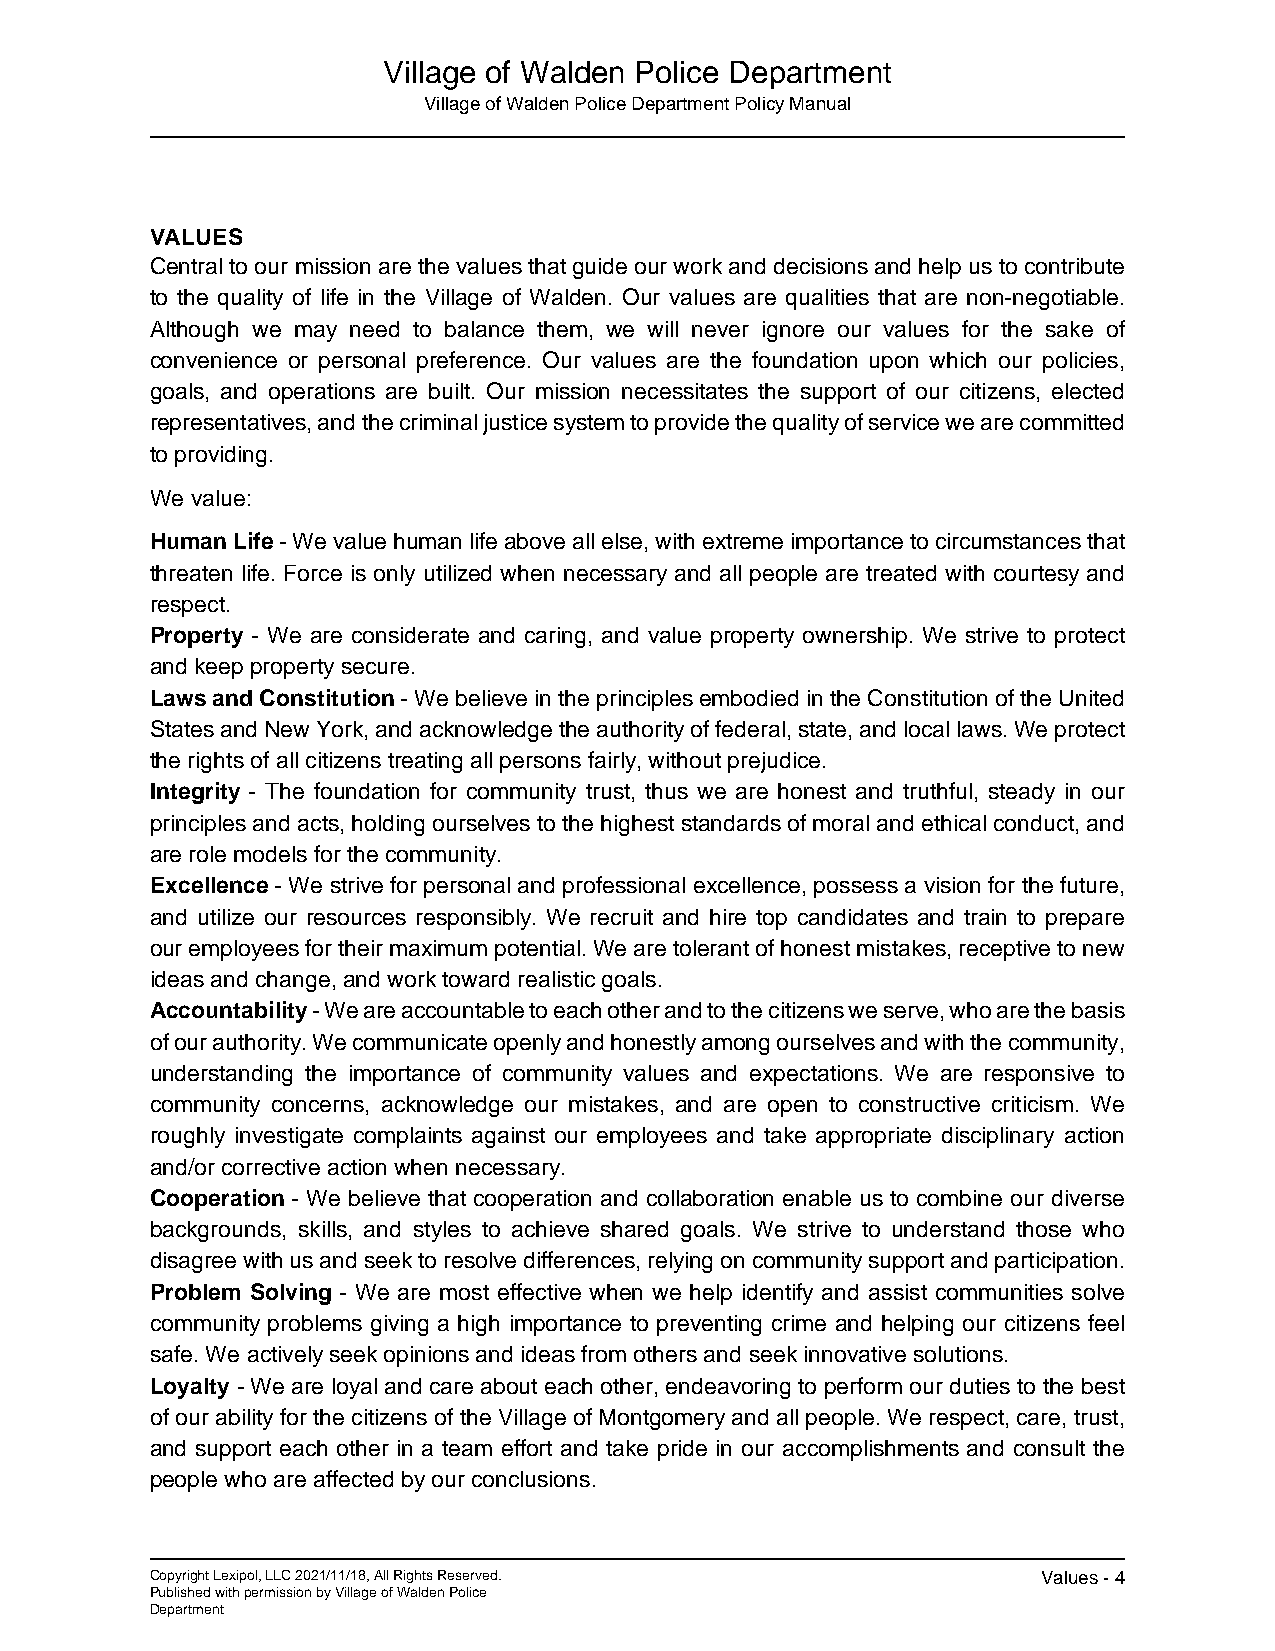
Village of Walden Police Department
 Village of Walden Police Department Policy Manual
 VALUES
 Central to our mission are the values that guide our work and decisions and help us to contribute
 to the quality of life in the Village of Walden. Our values are qualities that are non-negotiable.
 Although we may need to balance them, we will never ignore our values for the sake of
 convenience or personal preference. Our values are the foundation upon which our policies,
 goals, and operations are built. Our mission necessitates the support of our citizens, elected
 representatives, and the criminal justice system to provide the quality of service we are committed
 to providing.
 We value:
 Human Life - We value human life above all else, with extreme importance to circumstances that
 threaten life. Force is only utilized when necessary and all people are treated with courtesy and
 respect.
 Property - We are considerate and caring, and value property ownership. We strive to protect
 and keep property secure.
 Laws and Constitution - We believe in the principles embodied in the Constitution of the United
 States and New York, and acknowledge the authority of federal, state, and local laws. We protect
 the rights of all citizens treating all persons fairly, without prejudice.
 Integrity - The foundation for community trust, thus we are honest and truthful, steady in our
 principles and acts, holding ourselves to the highest standards of moral and ethical conduct, and
 are role models for the community.
 Excellence - We strive for personal and professional excellence, possess a vision for the future,
 and utilize our resources responsibly. We recruit and hire top candidates and train to prepare
 our employees for their maximum potential. We are tolerant of honest mistakes, receptive to new
 ideas and change, and work toward realistic goals.
 Accountability - We are accountable to each other and to the citizens we serve, who are the basis
 of our authority. We communicate openly and honestly among ourselves and with the community,
 understanding the importance of community values and expectations. We are responsive to
 community concerns, acknowledge our mistakes, and are open to constructive criticism. We
 roughly investigate complaints against our employees and take appropriate disciplinary action
 and/or corrective action when necessary.
 Cooperation - We believe that cooperation and collaboration enable us to combine our diverse
 backgrounds, skills, and styles to achieve shared goals. We strive to understand those who
 disagree with us and seek to resolve differences, relying on community support and participation.
 Problem Solving - We are most effective when we help identify and assist communities solve
 community problems giving a high importance to preventing crime and helping our citizens feel
 safe. We actively seek opinions and ideas from others and seek innovative solutions.
 Loyalty - We are loyal and care about each other, endeavoring to perform our duties to the best
 of our ability for the citizens of the Village of Montgomery and all people. We respect, care, trust,
 and support each other in a team effort and take pride in our accomplishments and consult the
 people who are affected by our conclusions.
 Copyright Lexipol, LLC 2021/11/18, All Rights Reserved.    Values - 4
 Published with permission by Village of Walden Police
 Department